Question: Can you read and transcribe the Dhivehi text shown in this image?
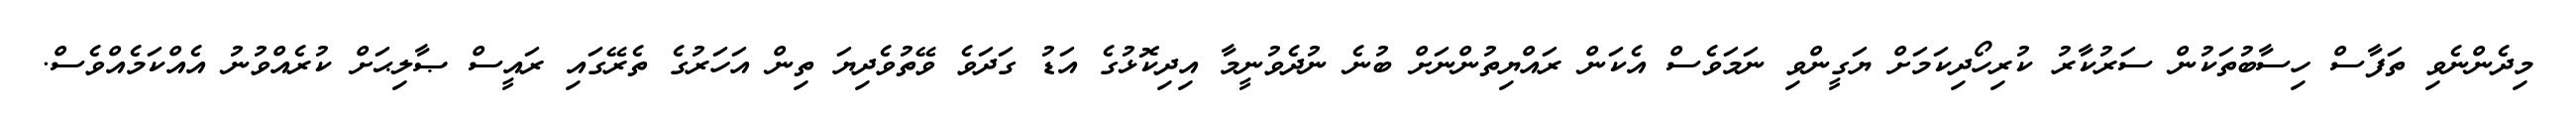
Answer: މިދެންނެވި ތަފާސް ހިސާބުތަކުން ސަރުކާރު ކުރިހޯދިކަމަށް ޔަގީންވި ނަމަވެސް އެކަން ރައްޔިތުންނަށް ބުނެ ނުދެވުނީމާ އިދިކޮޅުގެ އަޑު ގަދަވެ ވޭތުވެދިޔަ ތިން އަހަރުގެ ތެރޭގައި ރައީސް ޞާލިޙަށް ކުރެއްވުނު އެއްކަމެއްވެސް.